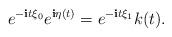
LaTeX: \begin{align*} e^{-\textbf{i}t\xi_0} e^{\textbf{i}\eta(t)} = e^{-\textbf{i}t \xi_1} k(t).\end{align*}